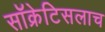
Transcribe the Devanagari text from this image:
सॉक्रेटिसलाच